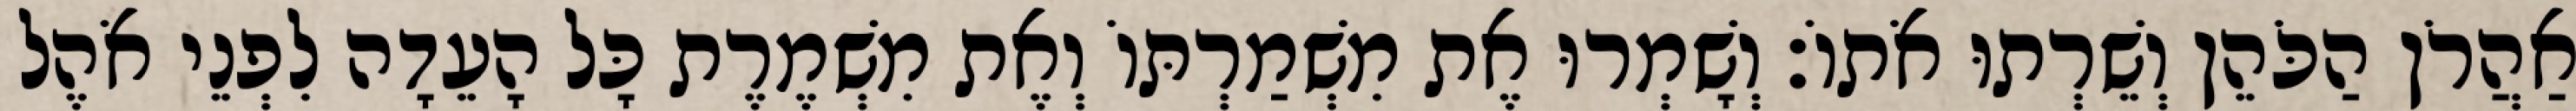
אַהֲרֹן הַכֹּהֵן וְשֵׁרְתוּ אֹתוֹ׃ וְשָׁמְרוּ אֶת מִשְׁמַרְתּוֹ וְאֶת מִשְׁמֶרֶת כָּל הָעֵדָה לִפְנֵי אֹהֶל